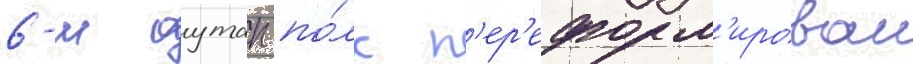
6-м оутап по́лк п'ер'еформ'ирован